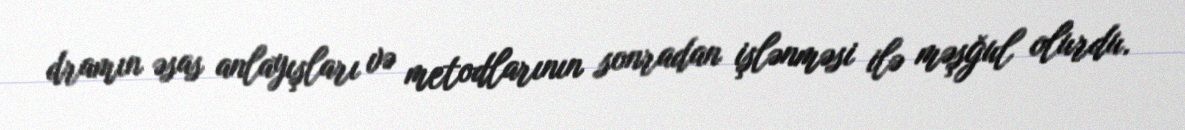
dramın əsas anlayışları və metodlarının sonradan işlənməsi ilə məşğul olurdu.